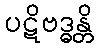
ပဋိဗဒ္ဓန္တိ